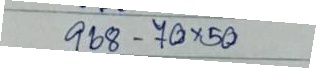
968 - 70 x 50